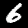
Label: 6